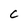
Character: C